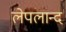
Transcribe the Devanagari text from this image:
लेपलान्द